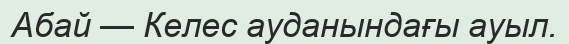
Абай — Келес ауданындағы ауыл.